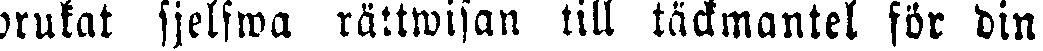
brukat sjelfwa rättwisan till täckmantel för din